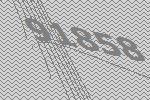
91858